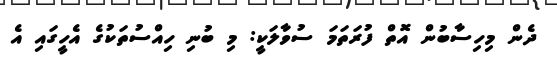
ދެން މިހިސާބުން އޮތް ފުރަތަމަ ސުވާލަކީ: މި ބުނި ހިއްސުތަކުގެ އެހީގައި އެ